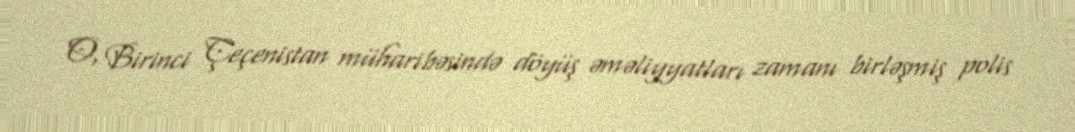
O, Birinci Çeçenistan müharibəsində döyüş əməliyyatları zamanı birləşmiş polis